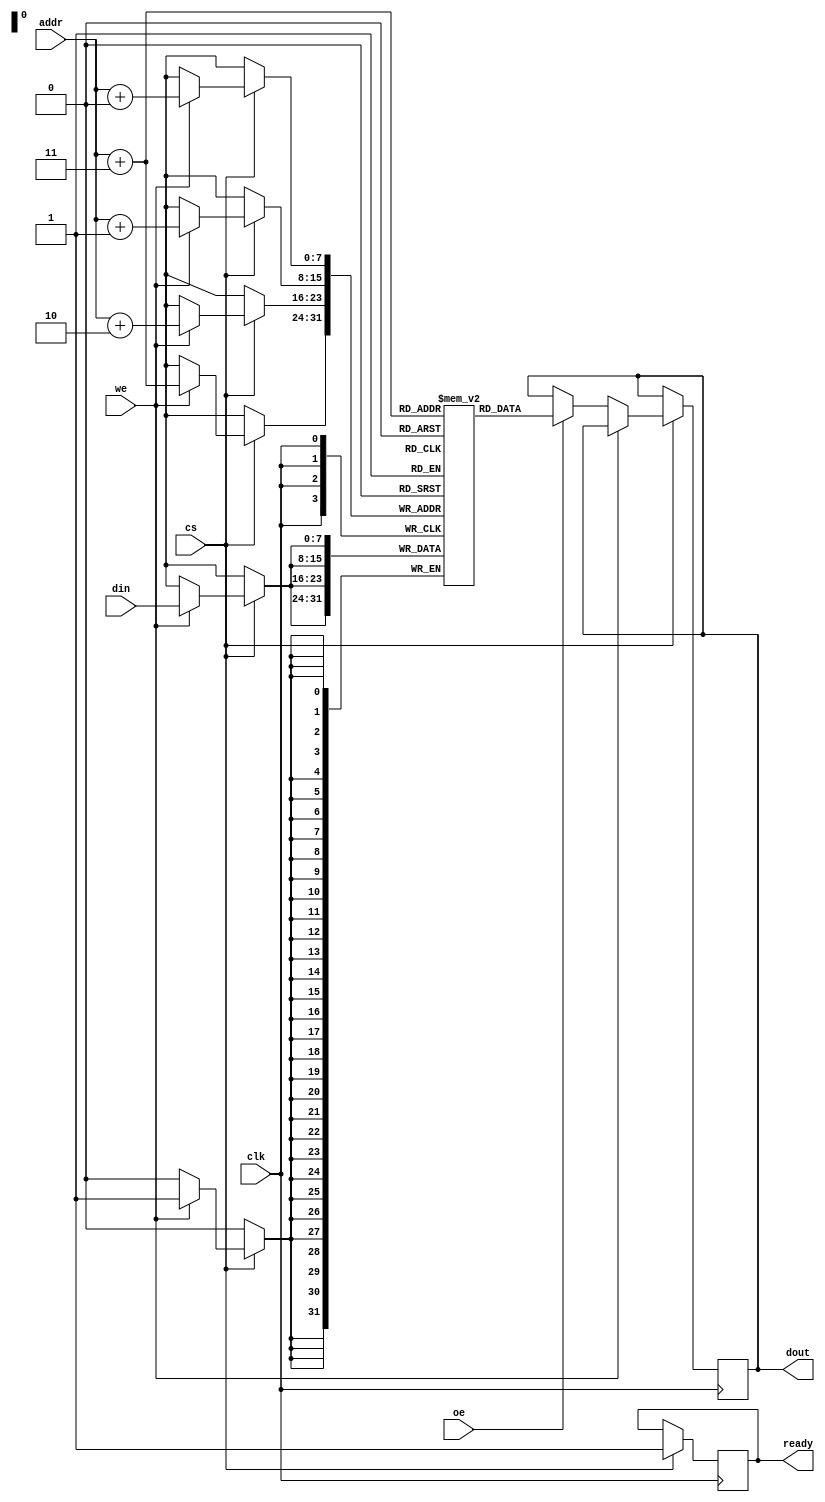
module burst_sram #(
    parameter ADDR_WIDTH = 8,  // Address width (for 256 x 256 bits, 8 bits)
    parameter DATA_WIDTH = 8,   // Data bus width (configurable)
    parameter BURST_LENGTH = 4   // Configurable burst length (4, 8, 16)
)(
    input wire clk,              // Clock signal
    input wire cs,               // Chip Select
    input wire we,               // Write Enable
    input wire oe,               // Output Enable
    input wire [ADDR_WIDTH-1:0] addr, // Address input
    input wire [DATA_WIDTH-1:0] din,   // Data input
    output reg [DATA_WIDTH-1:0] dout,   // Data output
    output reg ready             // Ready signal for burst operations
);

    // Memory array declaration (256 x 256 bits)
    reg [DATA_WIDTH-1:0] memory [(2**ADDR_WIDTH)-1:0];

    // Internal variables
    reg [ADDR_WIDTH-1:0] burst_addr;
    integer i;

    // Burst read/write operations
    always @(posedge clk) begin
        if (cs) begin
            ready <= 1'b0; // Start operation
            if (we) begin
                // Burst Write Operation
                for (i = 0; i < BURST_LENGTH; i = i + 1) begin
                    memory[addr + i] <= din; // Write data
                end
            end else if (oe) begin
                // Burst Read Operation
                for (i = 0; i < BURST_LENGTH; i = i + 1) begin
                    dout <= memory[addr + i]; // Read data
                end
            end
            ready <= 1'b1; // Operation complete
        end
    end

    // Optional: Power management and low-power modes can be added here

endmodule